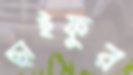
ছাইফুর